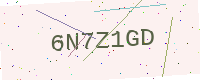
Text: 6N7Z1GD